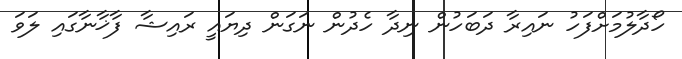
ހޯދާލުމަށްފަހު ނައިރާ ދަބަހުން ނިދާ ހެދުން ނަގަން ދިޔައީ ރައިޝާ ފާޚާނާގައި ލަވަ